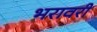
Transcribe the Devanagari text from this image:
भरावरी